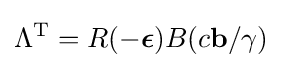
\Lambda ^{\mathrm {T} }=R(-{\boldsymbol {\epsilon }})B(c\mathbf {b} /\gamma )